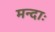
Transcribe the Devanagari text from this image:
मन्दाः